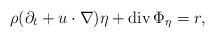
LaTeX: \begin{align*}\rho(\partial_t+u\cdot\nabla) \eta + {\rm div}\, \Phi_\eta = r,\end{align*}